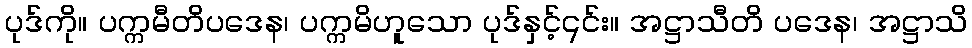
ပုဒ်ကို။ ပက္ကမီတိပဒေန၊ ပက္ကမိဟူသော ပုဒ်နှင့်၎င်း။ အဋ္ဌာသီတိ ပဒေန၊ အဋ္ဌာသိ